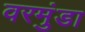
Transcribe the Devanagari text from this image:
वरमुंडा